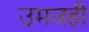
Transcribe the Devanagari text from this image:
उमजही